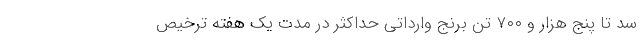
سد تا پنج هزار و ۷۰۰ تُن برنج وارداتی حداکثر در مدت یک هفته ترخیص